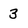
Character: 3